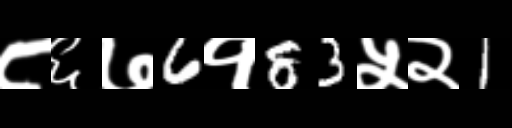
Text: ८६७6१83५२1